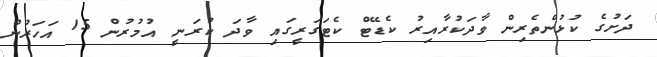
ދަށުގެ ކުޅުންތެރިން ވާދަކުރާއިރު ކެޑޭޓް ކެޓަގަރީގައި ވާދަ ކުރަނީ އުމުރުން 15 އަހަރުން